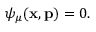
\psi _ { \mu } ( \mathbf { x } , \mathbf { p } ) = 0 .